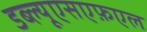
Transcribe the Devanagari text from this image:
डब्ल्यूएसएफ़एल